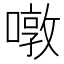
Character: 噋